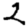
Digit: 2